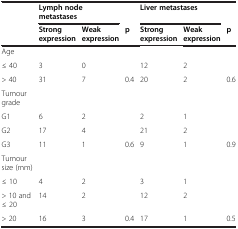
|  | <COLSPAN=2> Lymph node metastases |  | <COLSPAN=2> Liver metastases |  |
 |  | Strong expression | Weak expression | p | Strong expression | Weak expression | p |
 | --- | --- | --- | --- | --- | --- | --- |
 | Age |  |  |  |  |  |  |
 | ≤ 40 | 3 | 0 |  | 12 | 2 |  |
 | > 40 | 31 | 7 | 0.4 | 20 | 2 | 0.6 |
 | Tumour grade |  |  |  |  |  |  |
 | G1 | 6 | 2 |  | 2 | 1 |  |
 | G2 | 17 | 4 |  | 21 | 2 |  |
 | G3 | 11 | 1 | 0.6 | 9 | 1 | 0.9 |
 | Tumour size (mm) |  |  |  |  |  |  |
 | ≤ 10 | 4 | 2 |  | 3 | 1 |  |
 | > 10 and ≤ 20 | 14 | 2 |  | 12 | 2 |  |
 | > 20 | 16 | 3 | 0.4 | 17 | 1 | 0.5 |